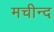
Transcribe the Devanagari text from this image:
मचीन्‍द